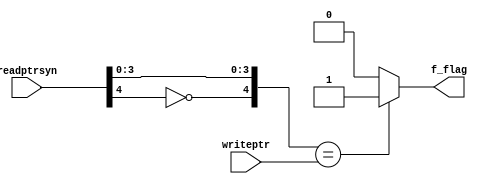
module full#(parameter WIDTH = 32,
parameter ADDRBITS= 4)
(   
    input [ADDRBITS:0] writeptr,
    input [ADDRBITS:0] readptrsyn,
    output reg f_flag

);
always@(*)
    begin
        if((({~readptrsyn[4], readptrsyn[3:0]})== writeptr))
            f_flag =1;
        else
            f_flag =0;
    
    end



endmodule